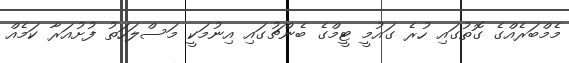
މެމްބަރެއްގެ ގޮތުގައި ހުރެ ގައުމީ ޓީމްގެ ބެންޗުގައި އިނުމަކީ މަސްލަހަތު ފުށުއަރާ ކަމެއް